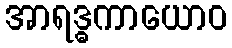
အာရဒ္ဓကာယောဝ